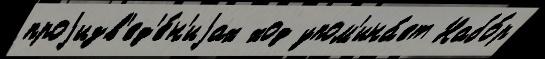
проjизв'ед'е́н'иjах ход упом'ина́ет Набо́р